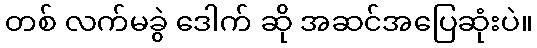
တစ် လက်မခွဲ ဒေါက် ဆို အဆင်အပြေဆုံးပဲ။